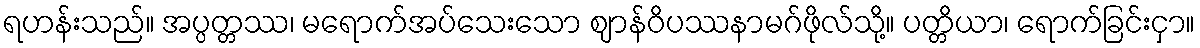
ရဟန်းသည်။ အပ္ပတ္တဿ၊ မရောက်အပ်သေးသော ဈာန်ဝိပဿနာမဂ်ဖိုလ်သို့။ ပတ္တိယာ၊ ရောက်ခြင်းငှာ။